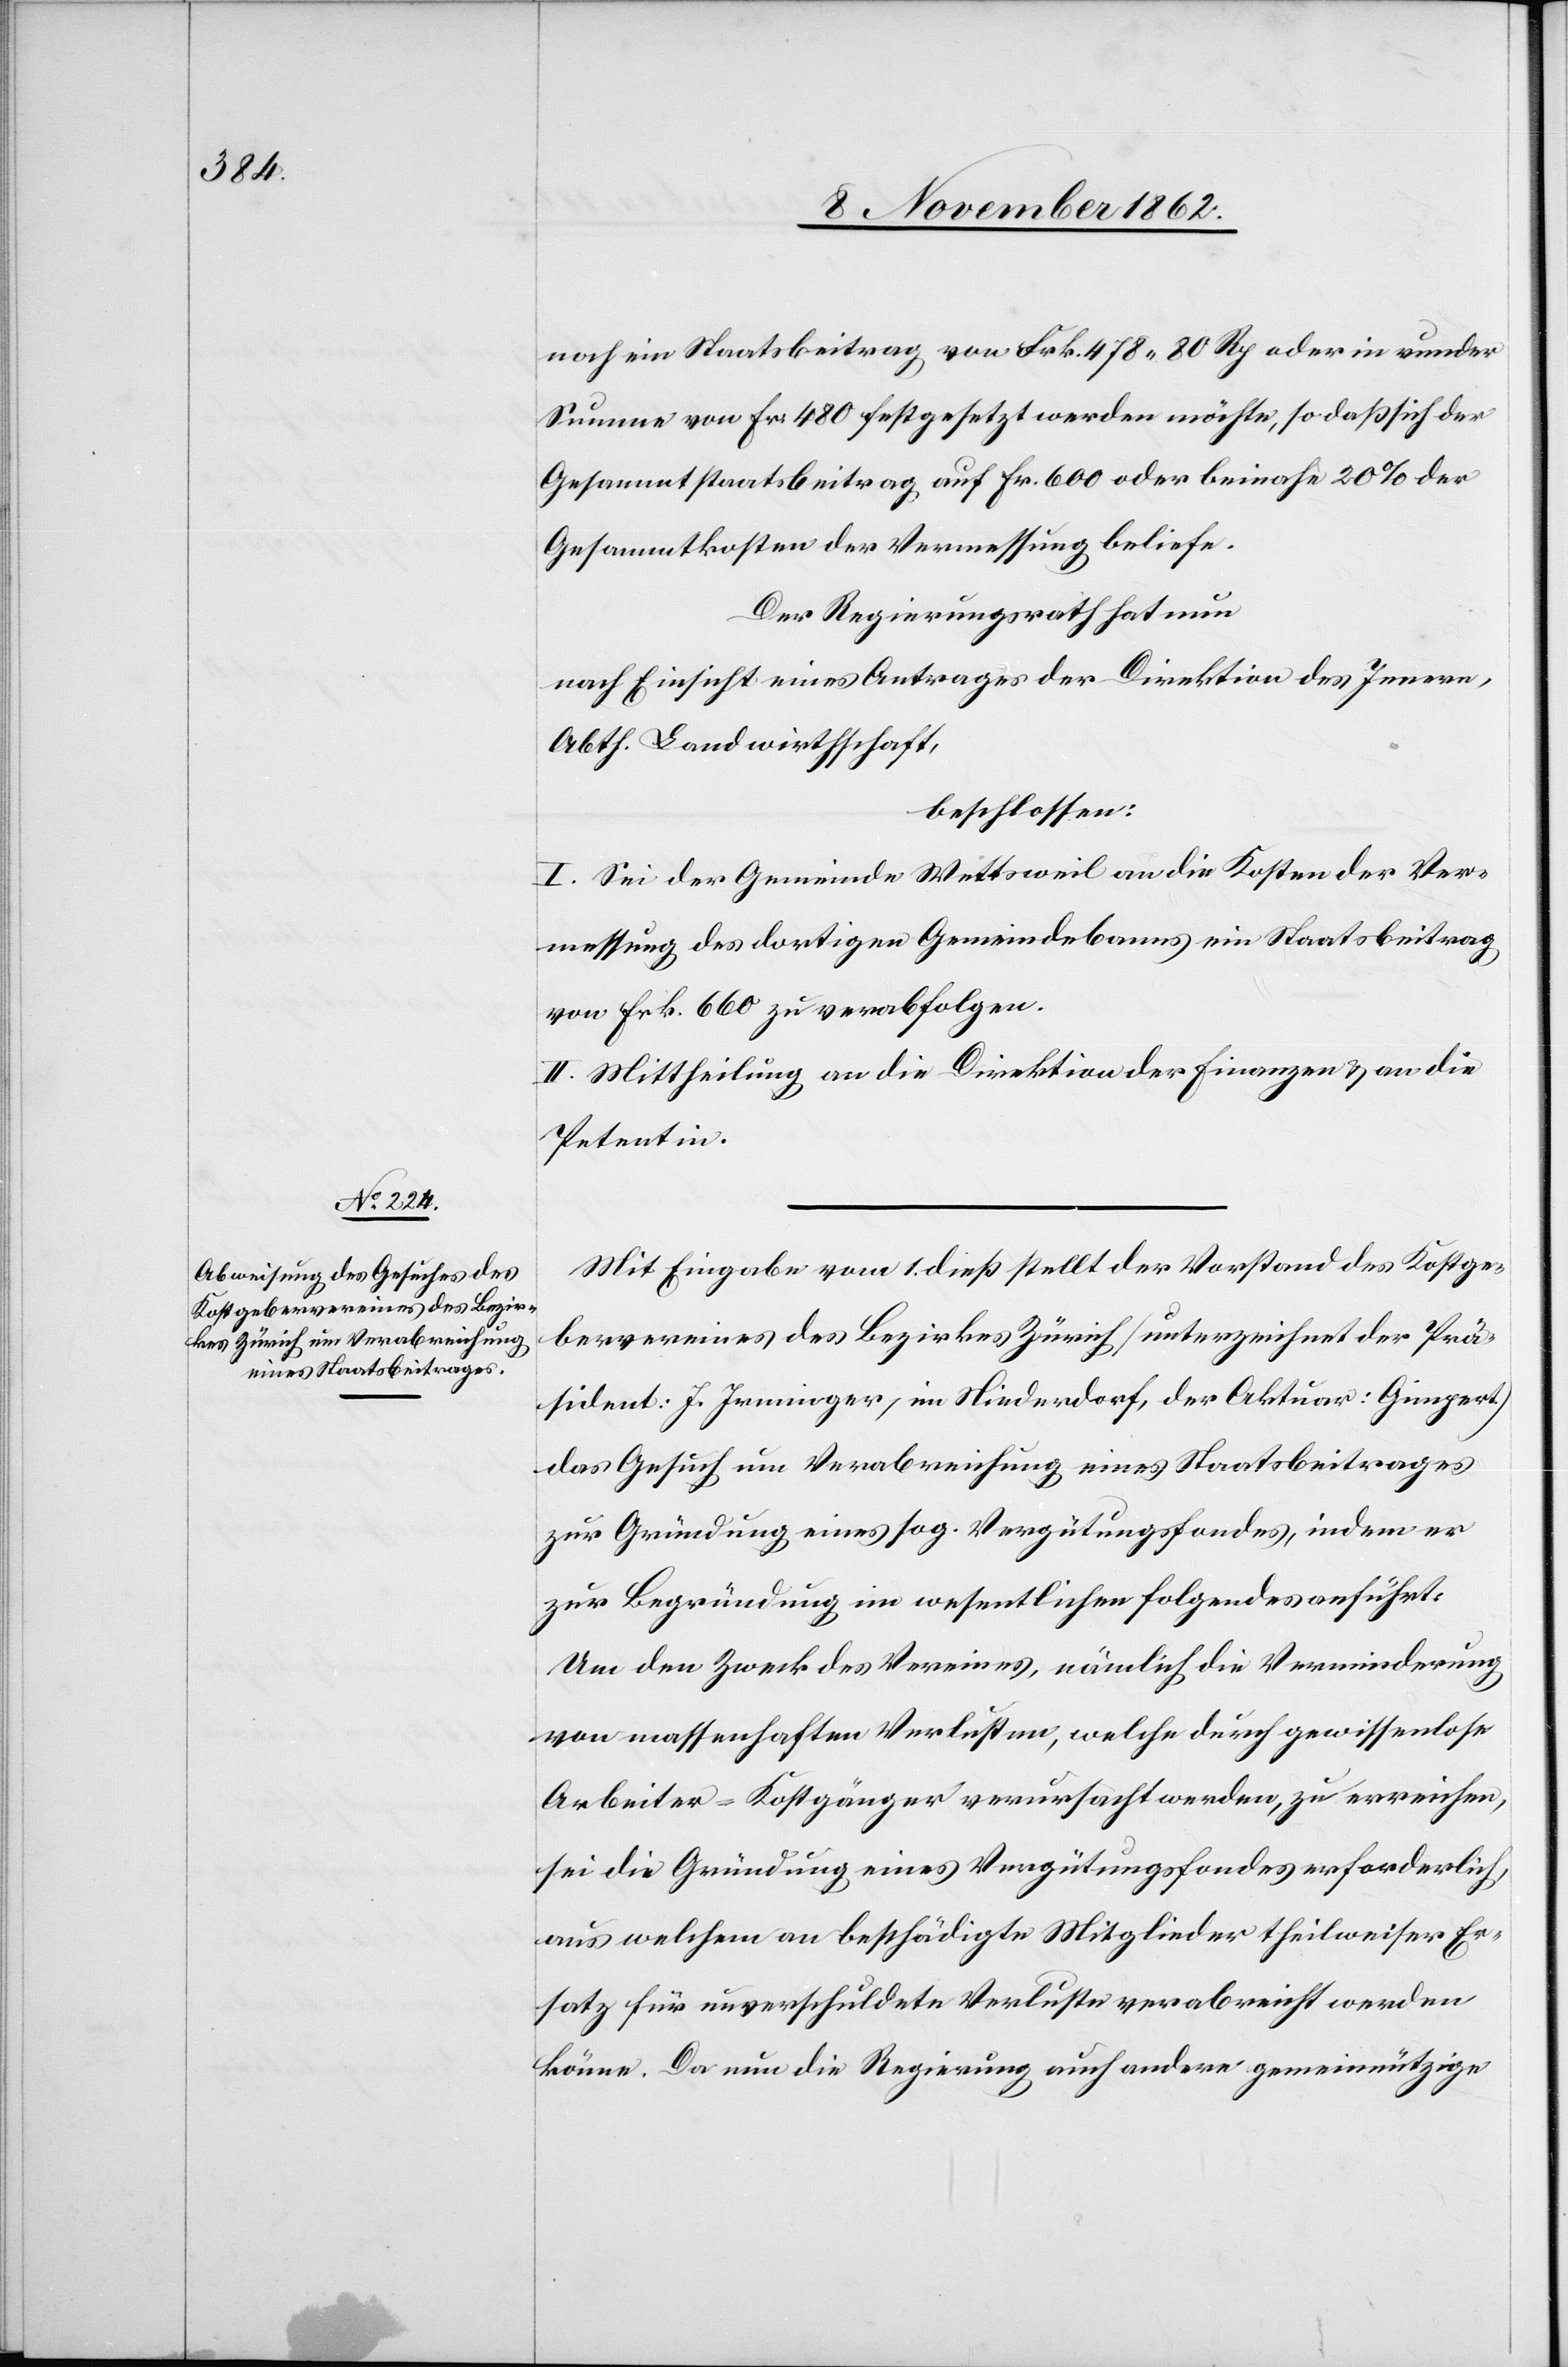
noch ein Staatsbeitrag von Frk. 478 80 Rp. oder in runder
Summe von Fr. 480 festgesetzt werden möchte, so daß sich der
Gesammtstaatsbeitrag auf Fr. 600 oder beinahe 20% der
Gesammtkosten der Vermessung beliefe.
Der Regierungsrath hat nun
nach Einsicht eines Antrages der Direktion des Innern,
Abth. Landwirtschaft,
beschlossen:
I. Sei der Gemeinde Wettsweil an die Kosten der Ver¬
messung des dortigen Gemeindebanns ein Staatsbeitrag
von Frk. 660 zu verabfolgen.
II. Mittheilung an die Direktion der Finanzen u. an die
Petentin.
Mit Eingabe vom 1. dieß stellt der Vorstand des Kostge¬
bervereines des Bezirkes Zürich (unterzeichnet der Prä¬
sident: J. Irminger, im Niederdorf, Aktuar: Gimpert)
das Gesuch um Verabreichung eines Staatsbeitrages
zur Gründung eines sog. Vergütungsfondes, indem er
zur Begründung im wesentlichen folgendes anfuhrt
Um den Zweck des Vereines, nämlich die Verminderung
von massenhaften Verlusten, welche durch gewissenlose
Arbeiter-Kostgänger verursacht werden, zu erreichen,
sei die Gründung eines Vergütungsfondes erforderlich,
aus welchem man beschädigte Mitglieder theilweiser Er¬
satz für unverschuldete Verluste verabreicht werden
könne. Da nun die Regierung auch andere gemeinnützige